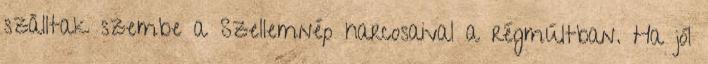
szálltak szembe a Szellemnép harcosaival a régmúltban. Ha jól